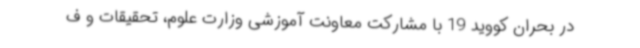
در بحران کووید 19 با مشارکت معاونت آموزشی وزارت علوم، تحقیقات و ف